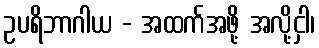
ဥပရိဘာဂါယ - အထက်အဖို့ အလို့ငှါ၊